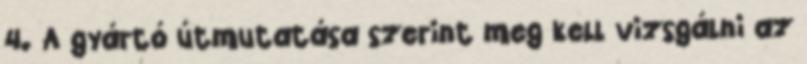
4. A gyártó útmutatása szerint meg kell vizsgálni az